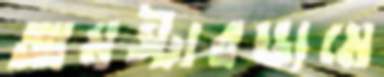
আমস্টারডামে